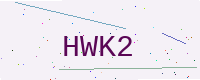
Text: HWK2